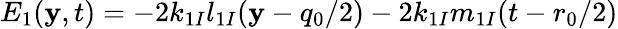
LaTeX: E_{1}(\mathbf{y},t)=-2k_{1I}l_{1I}(\mathbf{y}-{q_{0}}/{2})-2k_{1I}m_{1I}(t-{r_{0}}/{2})